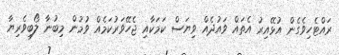
ރައްޓެހިވެގެން އުޅޭއިރު އެތައް ވައުދެއް ވިޔަސް ކަމަކާއި ޖެހޭވަރުކަމެއް ވުމުން މިބުނާ ލޯބިވެރިޔާ